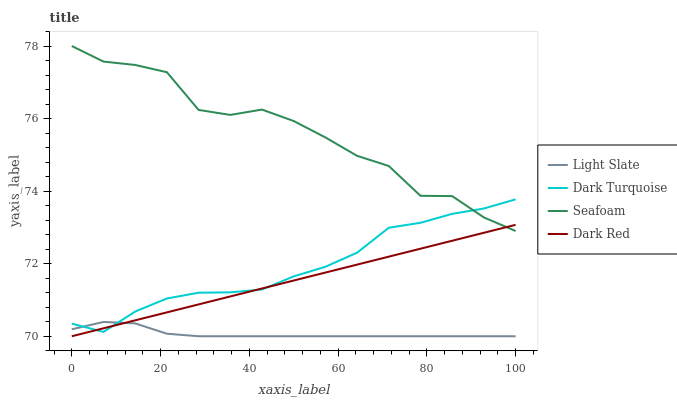
| xaxis_label | Light Slate | Dark Turquoise | Seafoam | Dark Red |
 | --- | --- | --- | --- | --- |
 | 0 | 70.2 | 70.3 | 78 | 70 |
 | 7.14 | 70.4 | 70.1 | 77.6 | 70.2 |
 | 14.3 | 70.4 | 70.7 | 77.5 | 70.4 |
 | 21.4 | 70.1 | 71 | 77.3 | 70.7 |
 | 28.6 | 70 | 71.2 | 76.2 | 70.9 |
 | 35.7 | 70 | 71.2 | 76.1 | 71.1 |
 | 42.9 | 70 | 71.3 | 76.2 | 71.3 |
 | 50 | 70 | 71.6 | 75.9 | 71.5 |
 | 57.1 | 70 | 71.9 | 75.5 | 71.8 |
 | 64.3 | 70 | 72.3 | 75 | 72 |
 | 71.4 | 70 | 73 | 74.7 | 72.2 |
 | 78.6 | 70 | 73.1 | 73.9 | 72.4 |
 | 85.7 | 70 | 73.4 | 73.9 | 72.6 |
 | 92.9 | 70 | 73.5 | 73.3 | 72.9 |
 | 100 | 70 | 73.8 | 72.9 | 73.1 |